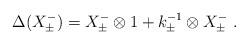
LaTeX: \begin{align*}\Delta( X^-_\pm) =X^-_\pm \otimes 1 + k^{-1}_\pm \otimes X^-_\pm~.\end{align*}